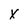
Character: X